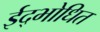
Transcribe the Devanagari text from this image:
ईद्भोधित